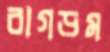
বাগড়ম